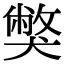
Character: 獘